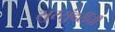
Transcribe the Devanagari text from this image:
सुरसुंदरींची